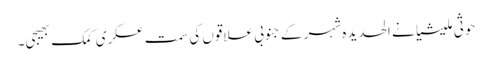
حوثی ملیشیا نے الحدیدہ شہر کے جنوبی علاقوں کی سمت عسکری کمک بھیجی۔